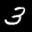
Label: 3